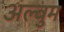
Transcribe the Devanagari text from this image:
अल्बुम